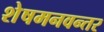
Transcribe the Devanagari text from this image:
शेषमनवन्तर